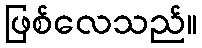
ဖြစ်လေသည်။